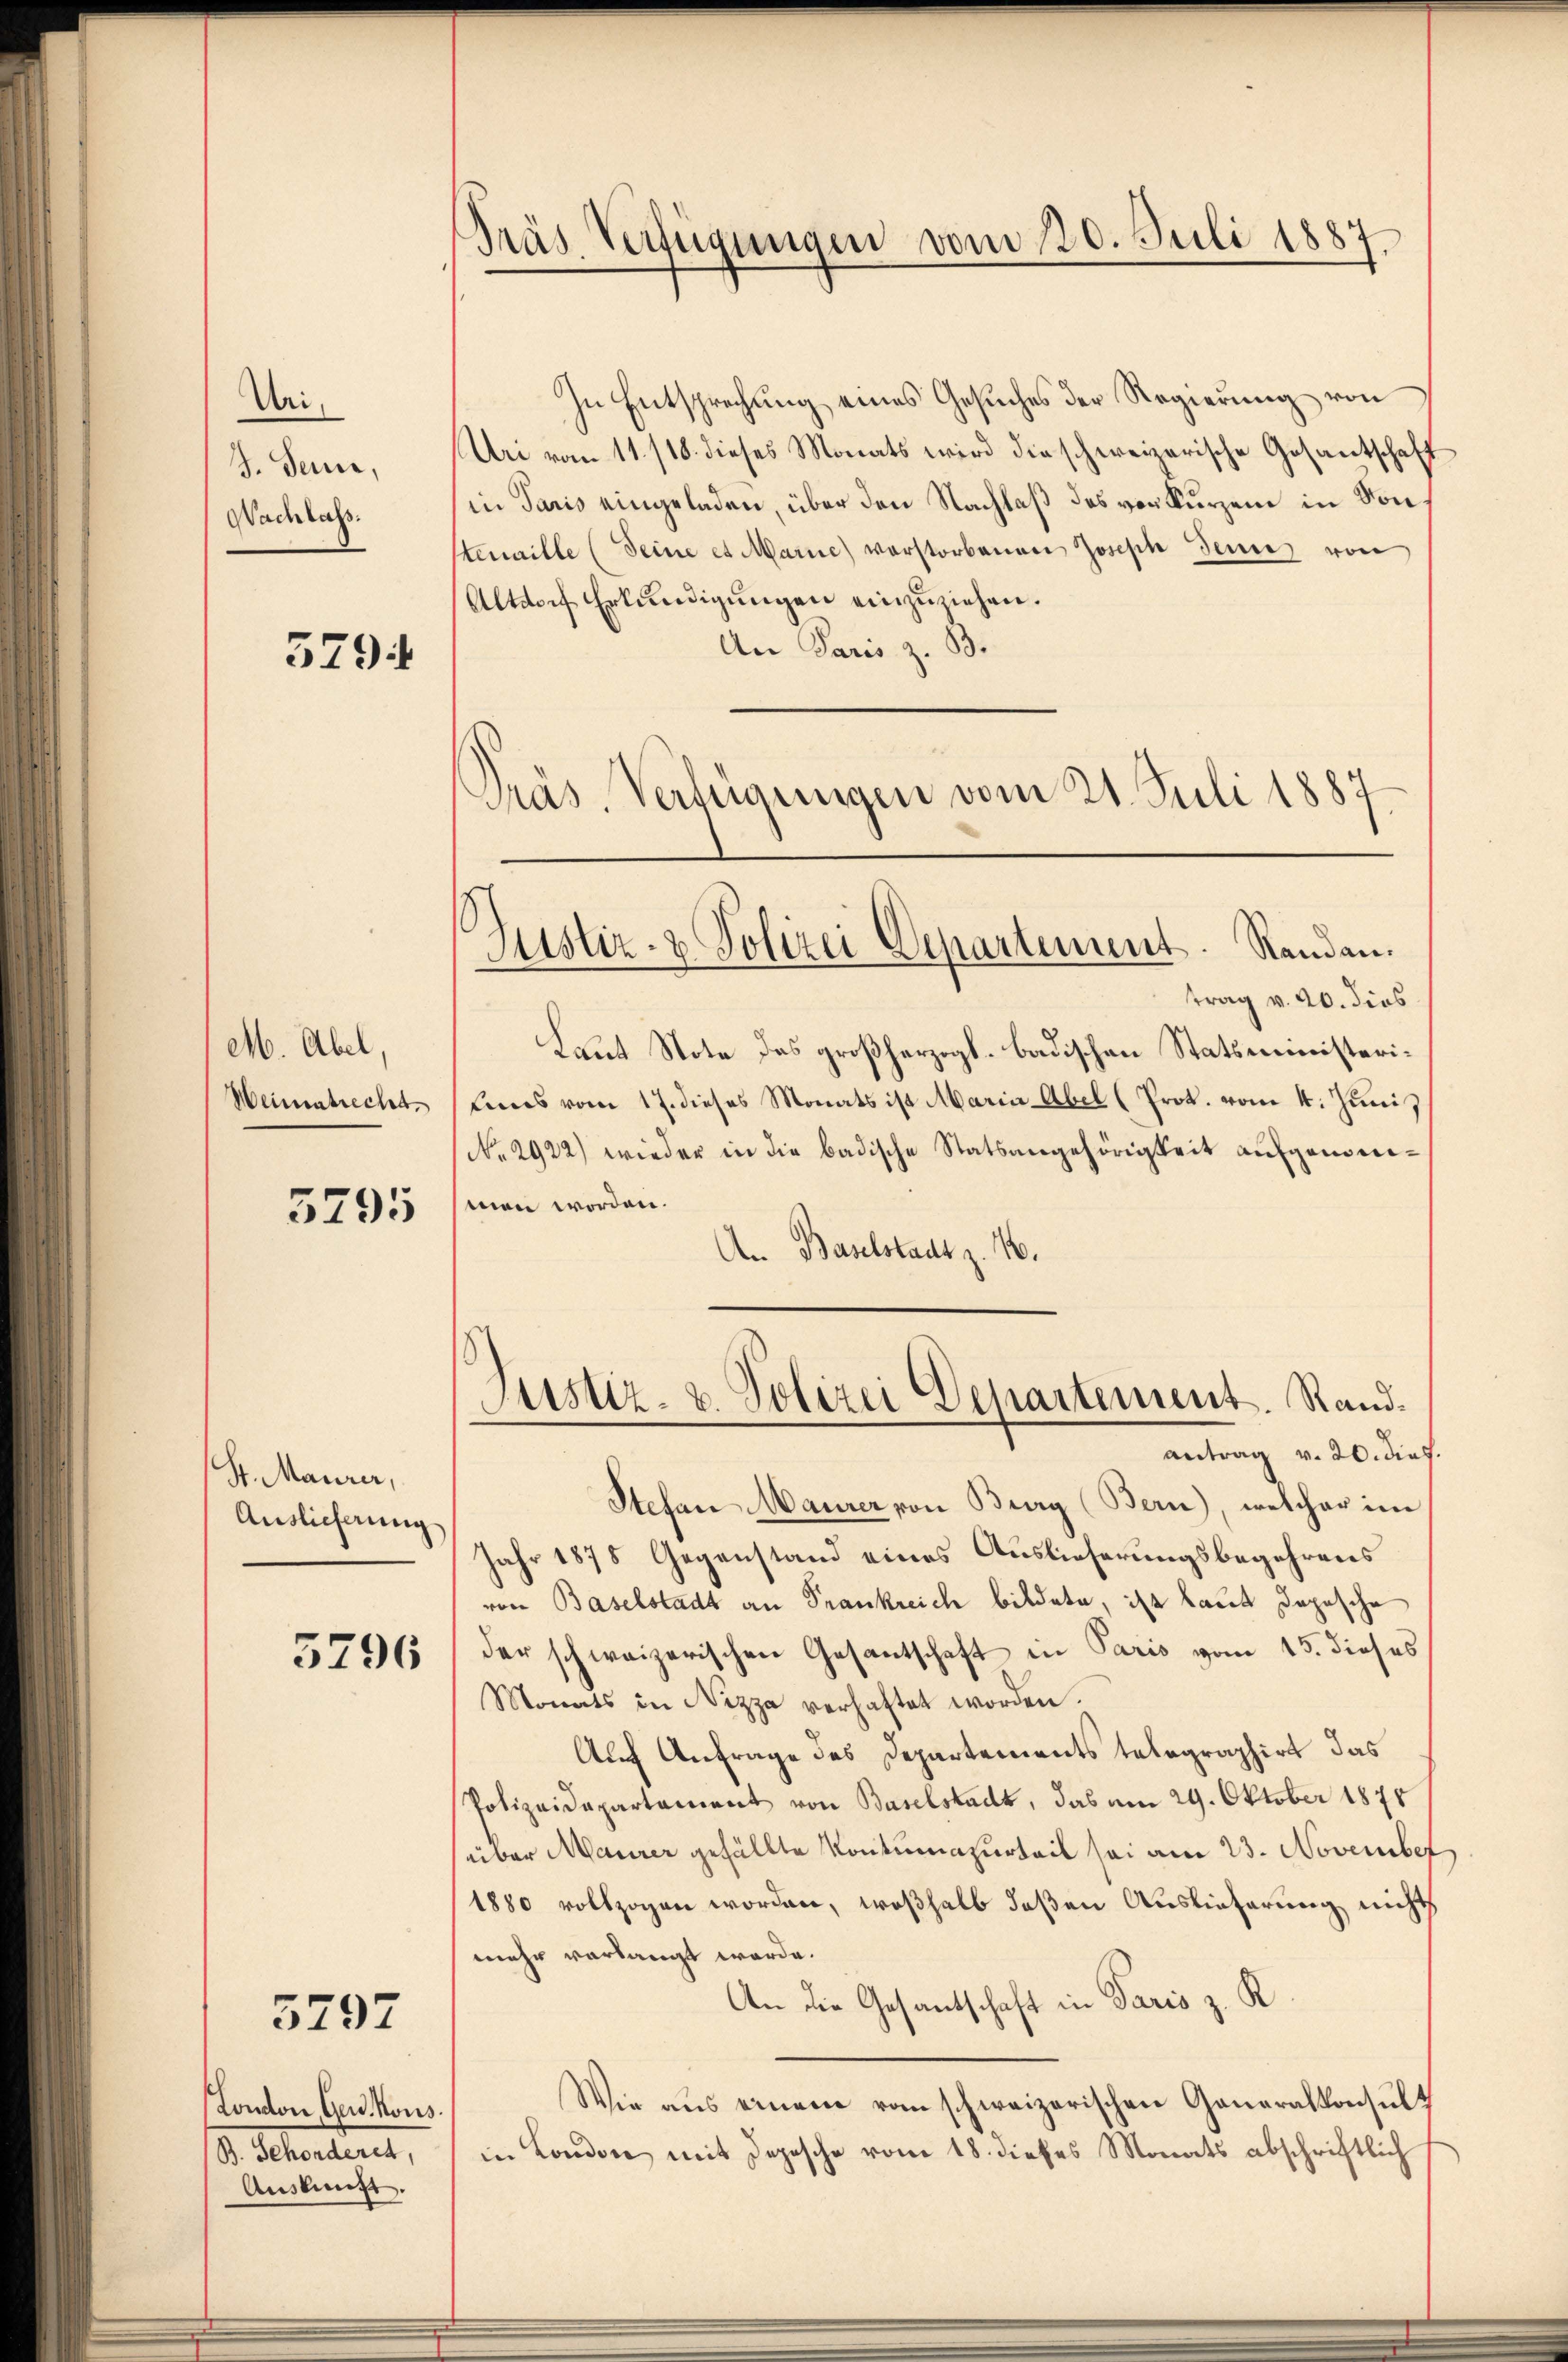
Uri,
J. Seine,
Nachlass.

5794

M. Abel,
Weimatrecht.

5795

Hr. Maurer,
Auslieferung

3796

5797

London, Ger. Kons
d. Martiert,
Auskunft.

Pras Verfügungen vom 20. Juli 1887.

In Entsprechung eines Gesuches der Regierung von
Uri vom 11. 118. dieses Monats wird die schweizerische Gesantschaft
in Paris eingeladen, über den Nachlaß des vorkurzen in Von
stemaille (Seine et Marie vorstorbenen Joseph Jenne von
Altdorf Erkundigungen einzuziehen.
An Paris z. B.
Präs. Verfügungen vom 21. Juli 1887

Justiz- & Polizei Departement. Randau.

trag v. 20. dies
Laut Note das großherzogl. badischen Statsministeri¬
Eines vom 17. dieses Monats ist Maria Abel (Prot. vom 4. Juni,
No. 2922) wieder in die badische Statsangehörigkeit aufgemeimen worden.
An Baselstadt z. B.
Stefan Maurer von Berg (Bern), welcher im
Jahr 1875 Gegenstand eines Auslieferungsbegehrens
von Baselstadt an Frankreich bildete, ist laut Depesche
der schweizerischen Gesantschaft in Paris vom 15. dieses
Monats in Nizza verhaftet worden.
Auf Anfrage des Departements telegraphirt das
Polizeidepartament von Baselstadt, das am 29. Oktober 1875
über Maurer gefällte Kontumazurteil sei am 23. November
1880 vollzogen worden, weßhalb deßen Auslieferung nicht
mehr verlangt werde.
An die Gesantschaft in Paris z. K
Wie aus einem vom schweizerischen Generalkonsult
in Londone mit Depesche vom 18. dieses Monats abschriftlich

Justiz- u. Polizei Departement. Randantrag v. 20. dies.